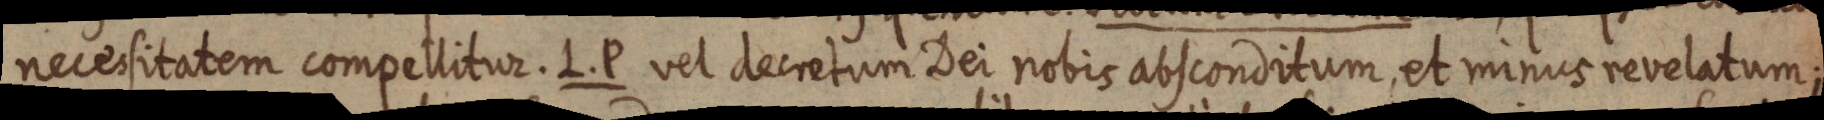
necessitatem compellitur. L. P vel decretum Dei nobis absconditum, et minus revelatum;